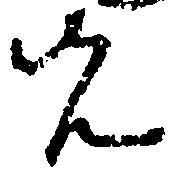
先